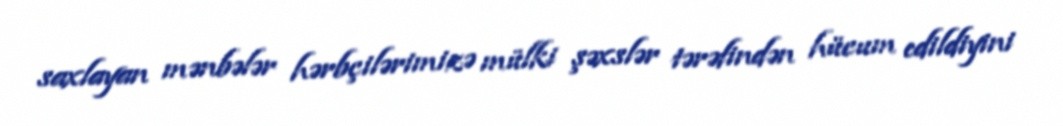
saxlayan mənbələr hərbçilərimizə mülki şəxslər tərəfindən hücum edildiyini